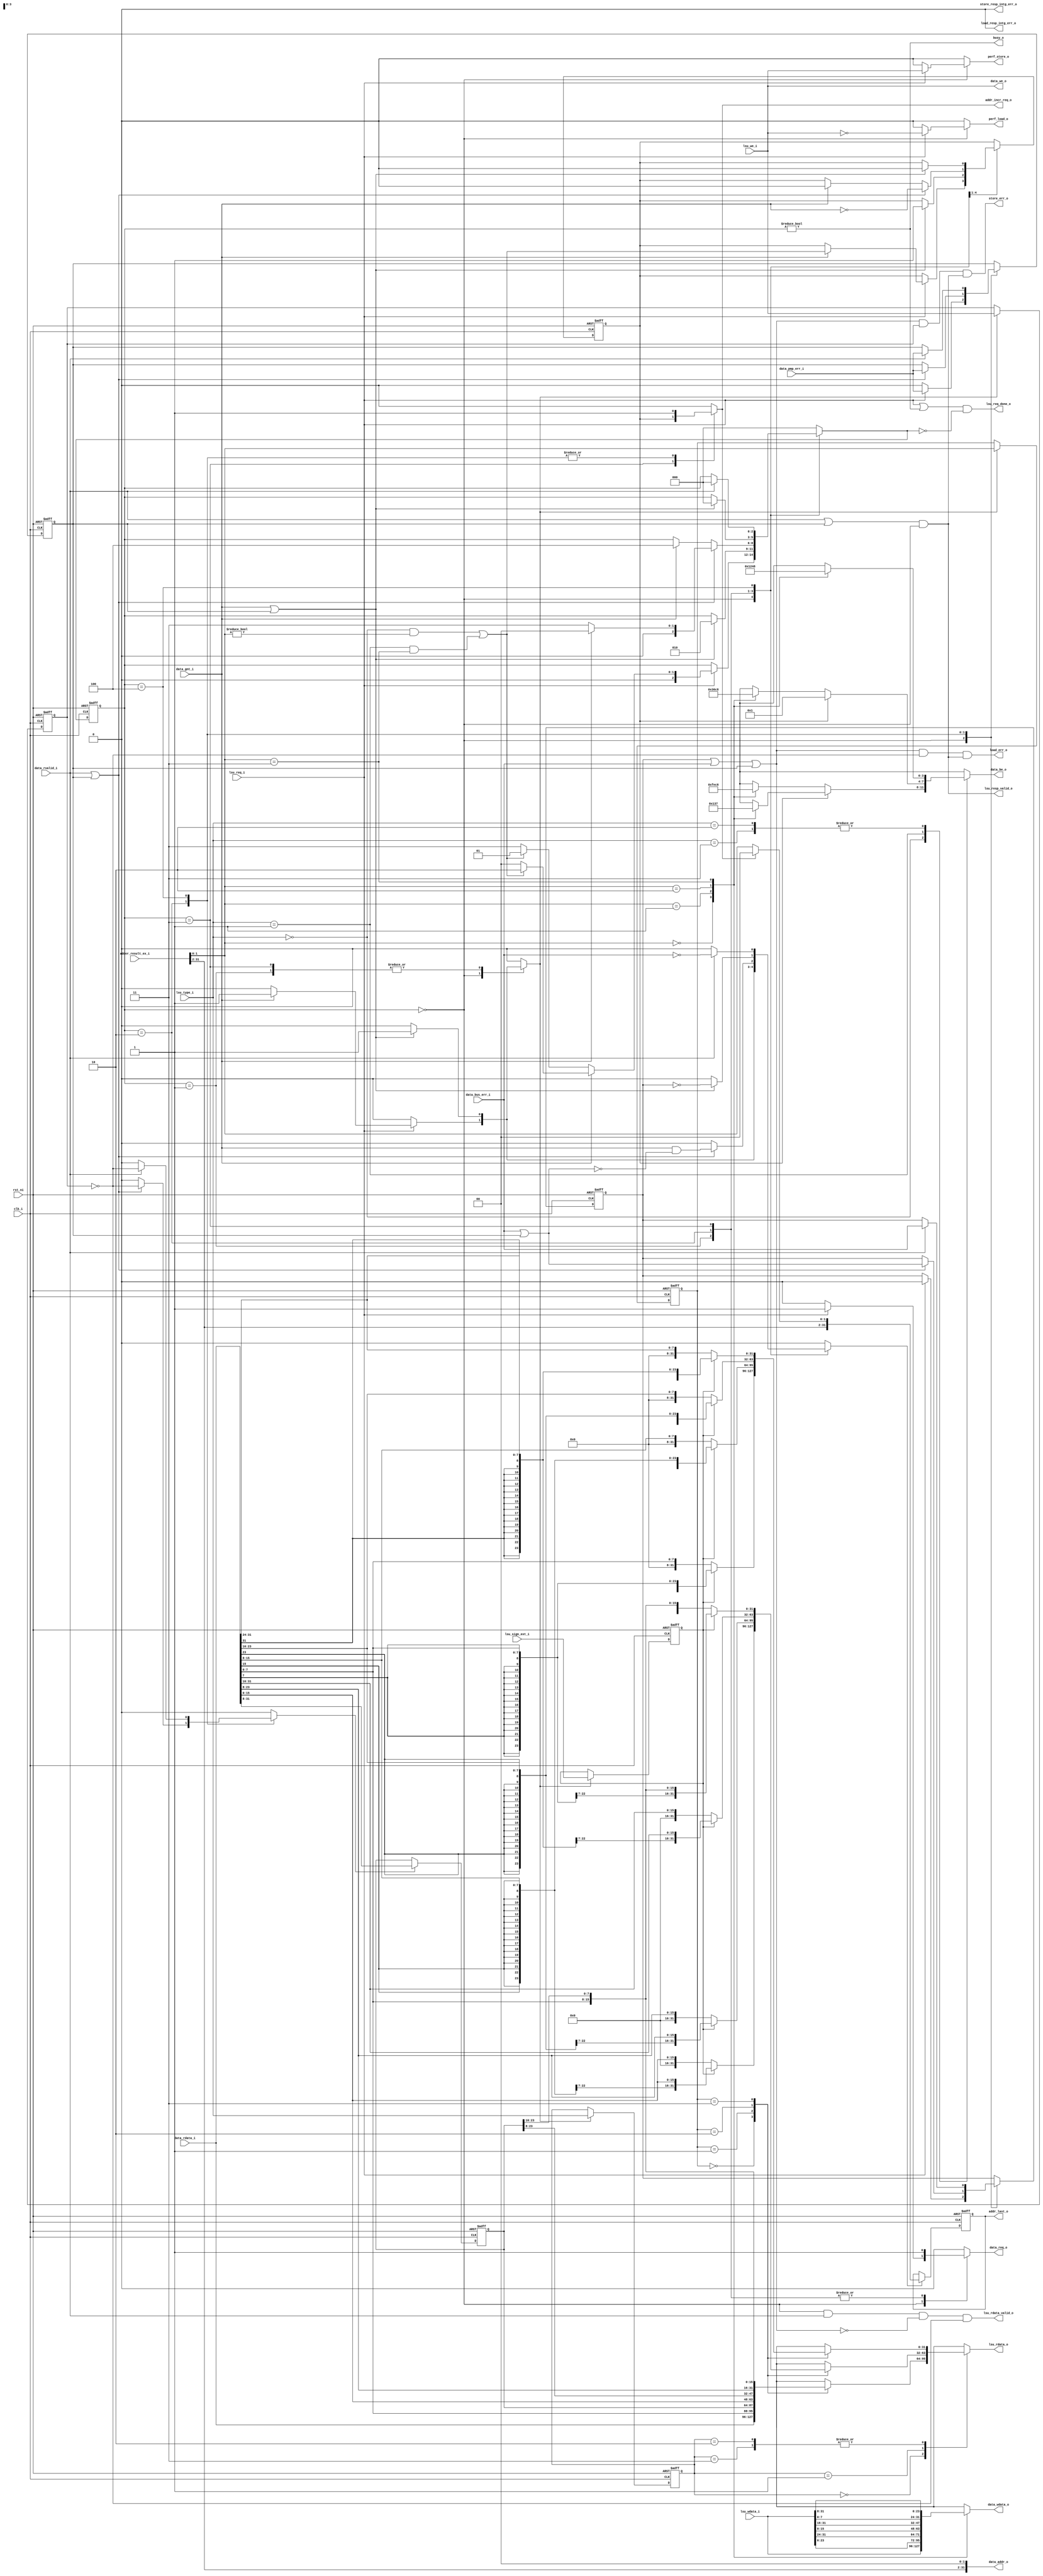
module ibex_load_store_unit (
	clk_i,
	rst_ni,
	data_req_o,
	data_gnt_i,
	data_rvalid_i,
	data_bus_err_i,
	data_pmp_err_i,
	data_addr_o,
	data_we_o,
	data_be_o,
	data_wdata_o,
	data_rdata_i,
	lsu_we_i,
	lsu_type_i,
	lsu_wdata_i,
	lsu_sign_ext_i,
	lsu_rdata_o,
	lsu_rdata_valid_o,
	lsu_req_i,
	adder_result_ex_i,
	addr_incr_req_o,
	addr_last_o,
	lsu_req_done_o,
	lsu_resp_valid_o,
	load_err_o,
	load_resp_intg_err_o,
	store_err_o,
	store_resp_intg_err_o,
	busy_o,
	perf_load_o,
	perf_store_o
);
	parameter [0:0] MemECC = 1'b0;
	parameter [31:0] MemDataWidth = (MemECC ? 39 : 32);
	input wire clk_i;
	input wire rst_ni;
	output reg data_req_o;
	input wire data_gnt_i;
	input wire data_rvalid_i;
	input wire data_bus_err_i;
	input wire data_pmp_err_i;
	output wire [31:0] data_addr_o;
	output wire data_we_o;
	output wire [3:0] data_be_o;
	output wire [MemDataWidth - 1:0] data_wdata_o;
	input wire [MemDataWidth - 1:0] data_rdata_i;
	input wire lsu_we_i;
	input wire [1:0] lsu_type_i;
	input wire [31:0] lsu_wdata_i;
	input wire lsu_sign_ext_i;
	output wire [31:0] lsu_rdata_o;
	output wire lsu_rdata_valid_o;
	input wire lsu_req_i;
	input wire [31:0] adder_result_ex_i;
	output reg addr_incr_req_o;
	output wire [31:0] addr_last_o;
	output wire lsu_req_done_o;
	output wire lsu_resp_valid_o;
	output wire load_err_o;
	output wire load_resp_intg_err_o;
	output wire store_err_o;
	output wire store_resp_intg_err_o;
	output wire busy_o;
	output reg perf_load_o;
	output reg perf_store_o;
	wire [31:0] data_addr;
	wire [31:0] data_addr_w_aligned;
	reg [31:0] addr_last_q;
	wire [31:0] addr_last_d;
	reg addr_update;
	reg ctrl_update;
	reg rdata_update;
	reg [31:8] rdata_q;
	reg [1:0] rdata_offset_q;
	reg [1:0] data_type_q;
	reg data_sign_ext_q;
	reg data_we_q;
	wire [1:0] data_offset;
	reg [3:0] data_be;
	reg [31:0] data_wdata;
	reg [31:0] data_rdata_ext;
	reg [31:0] rdata_w_ext;
	reg [31:0] rdata_h_ext;
	reg [31:0] rdata_b_ext;
	wire split_misaligned_access;
	reg handle_misaligned_q;
	reg handle_misaligned_d;
	reg pmp_err_q;
	reg pmp_err_d;
	reg lsu_err_q;
	reg lsu_err_d;
	wire data_intg_err;
	wire data_or_pmp_err;
	reg [2:0] ls_fsm_cs;
	reg [2:0] ls_fsm_ns;
	assign data_addr = adder_result_ex_i;
	assign data_offset = data_addr[1:0];
	always @(*)
		case (lsu_type_i)
			2'b00:
				if (!handle_misaligned_q)
					case (data_offset)
						2'b00: data_be = 4'b1111;
						2'b01: data_be = 4'b1110;
						2'b10: data_be = 4'b1100;
						2'b11: data_be = 4'b1000;
						default: data_be = 4'b1111;
					endcase
				else
					case (data_offset)
						2'b00: data_be = 4'b0000;
						2'b01: data_be = 4'b0001;
						2'b10: data_be = 4'b0011;
						2'b11: data_be = 4'b0111;
						default: data_be = 4'b1111;
					endcase
			2'b01:
				if (!handle_misaligned_q)
					case (data_offset)
						2'b00: data_be = 4'b0011;
						2'b01: data_be = 4'b0110;
						2'b10: data_be = 4'b1100;
						2'b11: data_be = 4'b1000;
						default: data_be = 4'b1111;
					endcase
				else
					data_be = 4'b0001;
			2'b10, 2'b11:
				case (data_offset)
					2'b00: data_be = 4'b0001;
					2'b01: data_be = 4'b0010;
					2'b10: data_be = 4'b0100;
					2'b11: data_be = 4'b1000;
					default: data_be = 4'b1111;
				endcase
			default: data_be = 4'b1111;
		endcase
	always @(*)
		case (data_offset)
			2'b00: data_wdata = lsu_wdata_i[31:0];
			2'b01: data_wdata = {lsu_wdata_i[23:0], lsu_wdata_i[31:24]};
			2'b10: data_wdata = {lsu_wdata_i[15:0], lsu_wdata_i[31:16]};
			2'b11: data_wdata = {lsu_wdata_i[7:0], lsu_wdata_i[31:8]};
			default: data_wdata = lsu_wdata_i[31:0];
		endcase
	always @(posedge clk_i or negedge rst_ni)
		if (!rst_ni)
			rdata_q <= 1'sb0;
		else if (rdata_update)
			rdata_q <= data_rdata_i[31:8];
	always @(posedge clk_i or negedge rst_ni)
		if (!rst_ni) begin
			rdata_offset_q <= 2'h0;
			data_type_q <= 2'h0;
			data_sign_ext_q <= 1'b0;
			data_we_q <= 1'b0;
		end
		else if (ctrl_update) begin
			rdata_offset_q <= data_offset;
			data_type_q <= lsu_type_i;
			data_sign_ext_q <= lsu_sign_ext_i;
			data_we_q <= lsu_we_i;
		end
	assign addr_last_d = (addr_incr_req_o ? data_addr_w_aligned : data_addr);
	always @(posedge clk_i or negedge rst_ni)
		if (!rst_ni)
			addr_last_q <= 1'sb0;
		else if (addr_update)
			addr_last_q <= addr_last_d;
	always @(*)
		case (rdata_offset_q)
			2'b00: rdata_w_ext = data_rdata_i[31:0];
			2'b01: rdata_w_ext = {data_rdata_i[7:0], rdata_q[31:8]};
			2'b10: rdata_w_ext = {data_rdata_i[15:0], rdata_q[31:16]};
			2'b11: rdata_w_ext = {data_rdata_i[23:0], rdata_q[31:24]};
			default: rdata_w_ext = data_rdata_i[31:0];
		endcase
	always @(*)
		case (rdata_offset_q)
			2'b00:
				if (!data_sign_ext_q)
					rdata_h_ext = {16'h0000, data_rdata_i[15:0]};
				else
					rdata_h_ext = {{16 {data_rdata_i[15]}}, data_rdata_i[15:0]};
			2'b01:
				if (!data_sign_ext_q)
					rdata_h_ext = {16'h0000, data_rdata_i[23:8]};
				else
					rdata_h_ext = {{16 {data_rdata_i[23]}}, data_rdata_i[23:8]};
			2'b10:
				if (!data_sign_ext_q)
					rdata_h_ext = {16'h0000, data_rdata_i[31:16]};
				else
					rdata_h_ext = {{16 {data_rdata_i[31]}}, data_rdata_i[31:16]};
			2'b11:
				if (!data_sign_ext_q)
					rdata_h_ext = {16'h0000, data_rdata_i[7:0], rdata_q[31:24]};
				else
					rdata_h_ext = {{16 {data_rdata_i[7]}}, data_rdata_i[7:0], rdata_q[31:24]};
			default: rdata_h_ext = {16'h0000, data_rdata_i[15:0]};
		endcase
	always @(*)
		case (rdata_offset_q)
			2'b00:
				if (!data_sign_ext_q)
					rdata_b_ext = {24'h000000, data_rdata_i[7:0]};
				else
					rdata_b_ext = {{24 {data_rdata_i[7]}}, data_rdata_i[7:0]};
			2'b01:
				if (!data_sign_ext_q)
					rdata_b_ext = {24'h000000, data_rdata_i[15:8]};
				else
					rdata_b_ext = {{24 {data_rdata_i[15]}}, data_rdata_i[15:8]};
			2'b10:
				if (!data_sign_ext_q)
					rdata_b_ext = {24'h000000, data_rdata_i[23:16]};
				else
					rdata_b_ext = {{24 {data_rdata_i[23]}}, data_rdata_i[23:16]};
			2'b11:
				if (!data_sign_ext_q)
					rdata_b_ext = {24'h000000, data_rdata_i[31:24]};
				else
					rdata_b_ext = {{24 {data_rdata_i[31]}}, data_rdata_i[31:24]};
			default: rdata_b_ext = {24'h000000, data_rdata_i[7:0]};
		endcase
	always @(*)
		case (data_type_q)
			2'b00: data_rdata_ext = rdata_w_ext;
			2'b01: data_rdata_ext = rdata_h_ext;
			2'b10, 2'b11: data_rdata_ext = rdata_b_ext;
			default: data_rdata_ext = rdata_w_ext;
		endcase
	generate
		if (MemECC) begin : g_mem_rdata_ecc
			wire [1:0] ecc_err;
			wire [MemDataWidth - 1:0] data_rdata_buf;
			prim_generic_buf #(.Width(MemDataWidth)) u_prim_generic_buf_instr_rdata(
				.in_i(data_rdata_i),
				.out_o(data_rdata_buf)
			);
			prim_secded_inv_39_32_dec u_data_intg_dec(
				.data_i(data_rdata_buf),
				.data_o(),
				.syndrome_o(),
				.err_o(ecc_err)
			);
			assign data_intg_err = |ecc_err;
		end
		else begin : g_no_mem_data_ecc
			assign data_intg_err = 1'b0;
		end
	endgenerate
	assign split_misaligned_access = ((lsu_type_i == 2'b00) && (data_offset != 2'b00)) || ((lsu_type_i == 2'b01) && (data_offset == 2'b11));
	always @(*) begin
		ls_fsm_ns = ls_fsm_cs;
		data_req_o = 1'b0;
		addr_incr_req_o = 1'b0;
		handle_misaligned_d = handle_misaligned_q;
		pmp_err_d = pmp_err_q;
		lsu_err_d = lsu_err_q;
		addr_update = 1'b0;
		ctrl_update = 1'b0;
		rdata_update = 1'b0;
		perf_load_o = 1'b0;
		perf_store_o = 1'b0;
		case (ls_fsm_cs)
			3'd0: begin
				pmp_err_d = 1'b0;
				if (lsu_req_i) begin
					data_req_o = 1'b1;
					pmp_err_d = data_pmp_err_i;
					lsu_err_d = 1'b0;
					perf_load_o = ~lsu_we_i;
					perf_store_o = lsu_we_i;
					if (data_gnt_i) begin
						ctrl_update = 1'b1;
						addr_update = 1'b1;
						handle_misaligned_d = split_misaligned_access;
						ls_fsm_ns = (split_misaligned_access ? 3'd2 : 3'd0);
					end
					else
						ls_fsm_ns = (split_misaligned_access ? 3'd1 : 3'd3);
				end
			end
			3'd1: begin
				data_req_o = 1'b1;
				if (data_gnt_i || pmp_err_q) begin
					addr_update = 1'b1;
					ctrl_update = 1'b1;
					handle_misaligned_d = 1'b1;
					ls_fsm_ns = 3'd2;
				end
			end
			3'd2: begin
				data_req_o = 1'b1;
				addr_incr_req_o = 1'b1;
				if (data_rvalid_i || pmp_err_q) begin
					pmp_err_d = data_pmp_err_i;
					lsu_err_d = data_bus_err_i | pmp_err_q;
					rdata_update = ~data_we_q;
					ls_fsm_ns = (data_gnt_i ? 3'd0 : 3'd3);
					addr_update = data_gnt_i & ~(data_bus_err_i | pmp_err_q);
					handle_misaligned_d = ~data_gnt_i;
				end
				else if (data_gnt_i) begin
					ls_fsm_ns = 3'd4;
					handle_misaligned_d = 1'b0;
				end
			end
			3'd3: begin
				addr_incr_req_o = handle_misaligned_q;
				data_req_o = 1'b1;
				if (data_gnt_i || pmp_err_q) begin
					ctrl_update = 1'b1;
					addr_update = ~lsu_err_q;
					ls_fsm_ns = 3'd0;
					handle_misaligned_d = 1'b0;
				end
			end
			3'd4: begin
				addr_incr_req_o = 1'b1;
				if (data_rvalid_i) begin
					pmp_err_d = data_pmp_err_i;
					lsu_err_d = data_bus_err_i;
					addr_update = ~data_bus_err_i;
					rdata_update = ~data_we_q;
					ls_fsm_ns = 3'd0;
				end
			end
			default: ls_fsm_ns = 3'd0;
		endcase
	end
	assign lsu_req_done_o = (lsu_req_i | (ls_fsm_cs != 3'd0)) & (ls_fsm_ns == 3'd0);
	always @(posedge clk_i or negedge rst_ni)
		if (!rst_ni) begin
			ls_fsm_cs <= 3'd0;
			handle_misaligned_q <= 1'sb0;
			pmp_err_q <= 1'sb0;
			lsu_err_q <= 1'sb0;
		end
		else begin
			ls_fsm_cs <= ls_fsm_ns;
			handle_misaligned_q <= handle_misaligned_d;
			pmp_err_q <= pmp_err_d;
			lsu_err_q <= lsu_err_d;
		end
	assign data_or_pmp_err = (lsu_err_q | data_bus_err_i) | pmp_err_q;
	assign lsu_resp_valid_o = (data_rvalid_i | pmp_err_q) & (ls_fsm_cs == 3'd0);
	assign lsu_rdata_valid_o = ((((ls_fsm_cs == 3'd0) & data_rvalid_i) & ~data_or_pmp_err) & ~data_we_q) & ~data_intg_err;
	assign lsu_rdata_o = data_rdata_ext;
	assign data_addr_w_aligned = {data_addr[31:2], 2'b00};
	assign data_addr_o = data_addr_w_aligned;
	assign data_we_o = lsu_we_i;
	assign data_be_o = data_be;
	generate
		if (MemECC) begin : g_mem_wdata_ecc
			prim_secded_inv_39_32_enc u_data_gen(
				.data_i(data_wdata),
				.data_o(data_wdata_o)
			);
		end
		else begin : g_no_mem_wdata_ecc
			assign data_wdata_o = data_wdata;
		end
	endgenerate
	assign addr_last_o = addr_last_q;
	assign load_err_o = (data_or_pmp_err & ~data_we_q) & lsu_resp_valid_o;
	assign store_err_o = (data_or_pmp_err & data_we_q) & lsu_resp_valid_o;
	assign load_resp_intg_err_o = (data_intg_err & data_rvalid_i) & ~data_we_q;
	assign store_resp_intg_err_o = (data_intg_err & data_rvalid_i) & data_we_q;
	assign busy_o = ls_fsm_cs != 3'd0;
endmodule